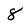
Character: 8